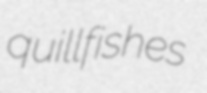
quillfishes